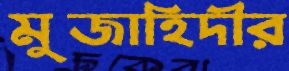
মুজাহিদীর